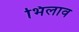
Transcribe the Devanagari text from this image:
भिलाव